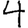
Digit: 4